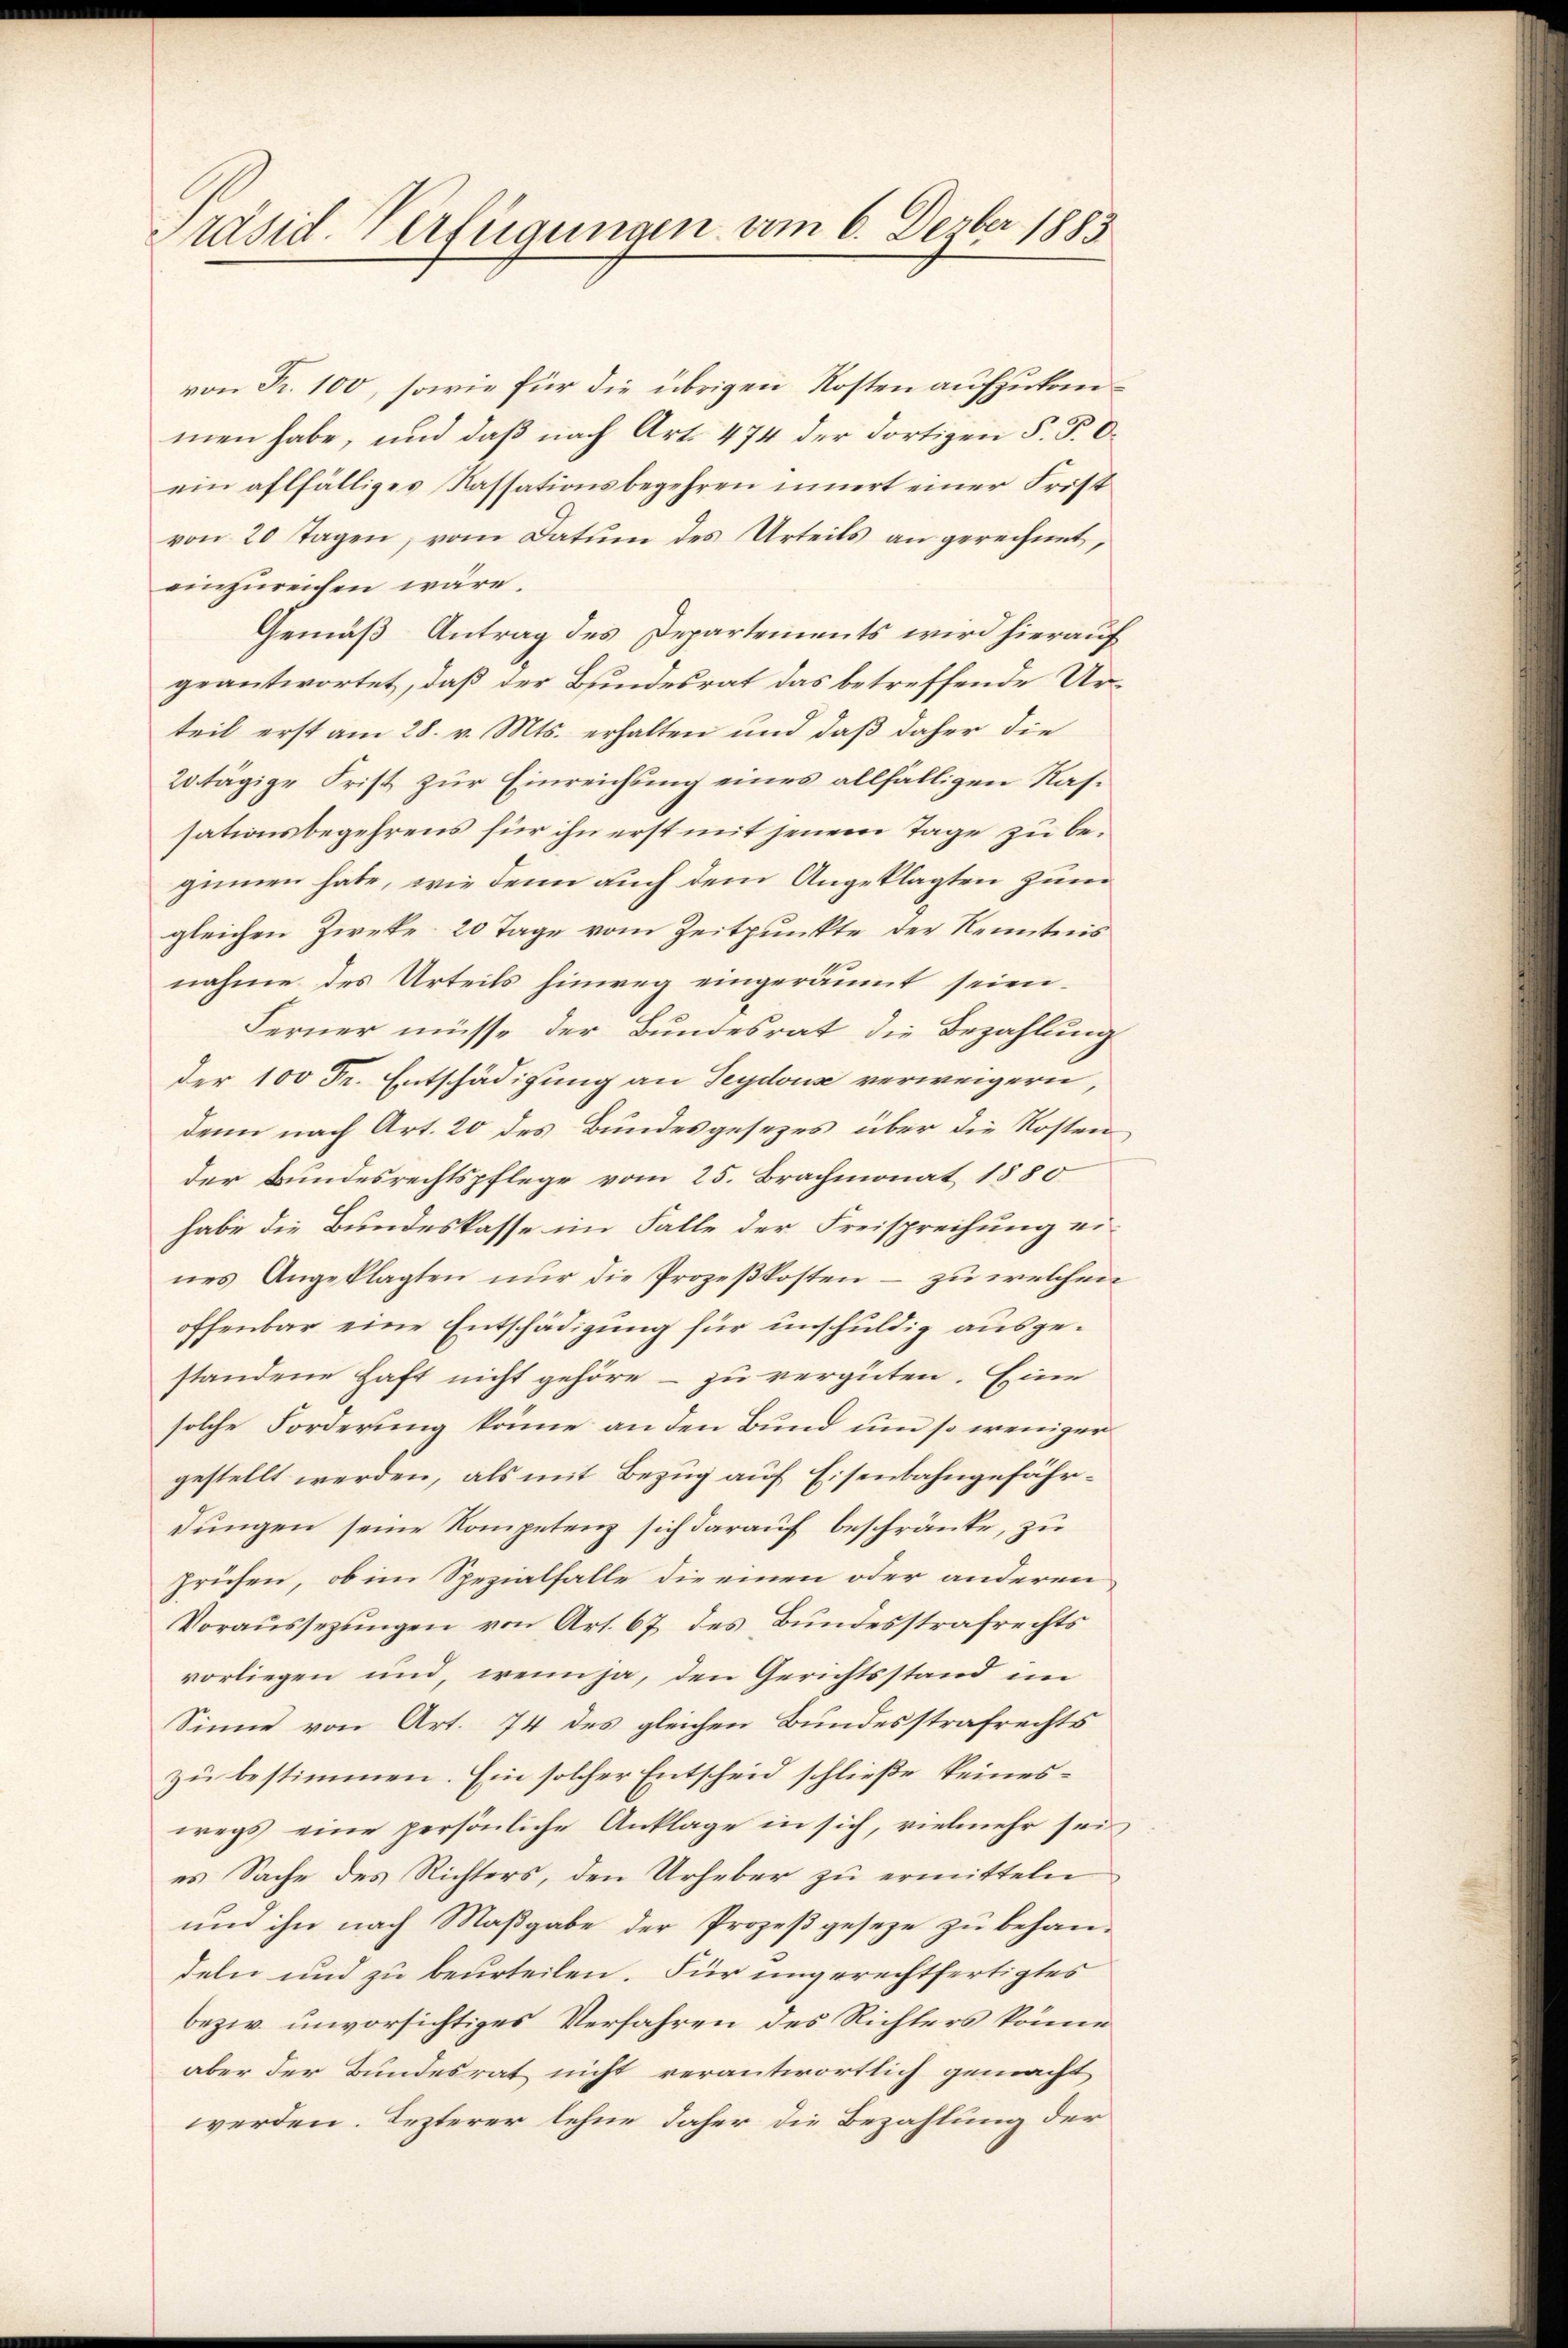
Präsid-Verfügungen vom 6. Dezber 1883

von Fr. 100, sowie für die übrigen Kosten aufzukommen habe, und daß nach Art. 474 der dortigen F. P. O.
ein allfälliges Kassationsbegehren innert einer Frist
von 20 tagen, vom Datum des Urteils an gerechnet,
einzureichen wäre.
Gemäß Antrag des Departements wird hierauf
geantwortet, daß der Bundesrat das betreffende Urteil erst am 28. v. Mts. erhalten und daß daher die
20tägige Frist zur Einreichung eines allfälligen Kassationsbegehrens für ihn erst mit jenem Tage zu beginnen habe, wie denn auch dem Angeklagten zum
gleichen Zwecke 20 Tage vom Zeitpunkte der Kenntnis
nahme des Urteils hinweg eingeräumt seien.
Ferner müsse der Bundesrat die Bezahlung
der 100 Fr. Entschädigung an Seydouse verweigern,
denn nach Art. 20 des Bundesgesezes über die Kosten
der Bundesrechtspflege vom 25. Brachmonat 1880
habe die Bundeskasse im Falle der Freisprechung ei-
nes Angeklagten nŭr die Prozeβkosten - zu welchen
offenbar eine Entschädigung für unschuldig ausgestandene Haft nicht gehöre - zu vergüten. Eine
solche Forderung könne an den Bund um so weniger
gestellt werden, als mit Bezug auf Eisenbahngefährdungen seine Kompetenz sich darauf beschränke, zu
prüfen, ob im Spezialfalle die einen oder anderen
Voraŭssezŭngen von Art. 67 des Bŭndesstrafrechts
vorliegen und wenn ja, den Gerichtsstand im
Sinne von Art. 74 des gleichen Bundesstrafrechts
zu bestimmen. Ein solcher Entscheid schließe keineswegs eine persönliche Anklage in sich, vielmehr sei,
es Sache des Richters, den Urheber zu ermitteln
und ihn nach Maßgabe der Prozeßgeseze zu behan-
deln und zu beurteilen. Für ungerechtfertigtes
bezw. unvorsichtiges Verfahren des Richters könne
aber der Bundesrat nicht verantwortlich gemacht
werden. Lezterer lehne daher die Bezahlung der